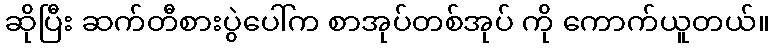
ဆိုပြီး ဆက်တီစားပွဲပေါ်က စာအုပ်တစ်အုပ် ကို ကောက်ယူတယ်။